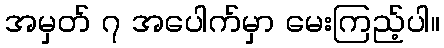
အမှတ် ၇ အပေါက်မှာ မေးကြည့်ပါ။